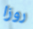
روزا